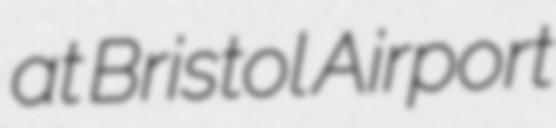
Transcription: at Bristol Airport